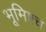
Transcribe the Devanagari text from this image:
भूमिश्च